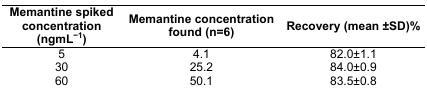
| Memantine spiked concentration (ngmL−1) | Memantine concentration found (n=6) | Recovery (mean ±SD)% |
 | --- | --- | --- |
 | 5 | 4.1 | 82.0±1.1 |
 | 30 | 25.2 | 84.0±0.9 |
 | 60 | 50.1 | 83.5±0.8 |